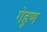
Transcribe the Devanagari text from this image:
गेहूण